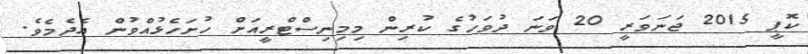
ކޮޕީ 2015 ޖަނަވަރީ 20 ވަނަ ދުވަހުގެ ކުރިން މިމިނިސްޓްރީއަށް ހުށަހެޅުއްވުން އެދެމެވެ.